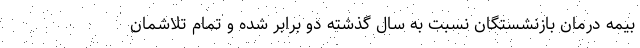
بیمه درمان بازنشستگان نسبت به سال گذشته دو برابر شده و تمام تلاشمان